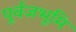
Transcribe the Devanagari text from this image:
पूर्वजभूमि